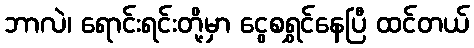
ဘာလဲ၊ ရောင်းရင်းတို့မှာ ငွေစရွှင်နေပြီ ထင်တယ်